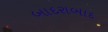
બાદરાબાદ